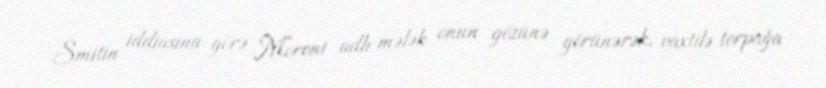
Smitin iddiasına görə Moroni adlı mələk onun gözünə görünərək, vaxtilə torpağa